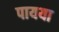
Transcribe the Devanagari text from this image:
पायया